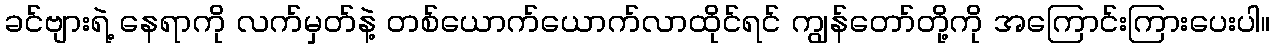
ခင်ဗျားရဲ့ နေရာကို လက်မှတ်နဲ့ တစ်ယောက်ယောက်လာထိုင်ရင် ကျွန်တော်တို့ကို အကြောင်းကြားပေးပါ။